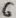
Text: 6